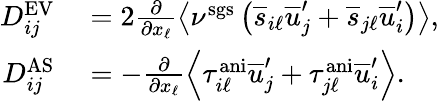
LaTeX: \begin{array}{rl}{D_{ij}^{\mathrm{EV}}}&{{}=2\frac{\partial}{\partial x_{\ell}}\left<\nu^{\mathrm{sgs}}\left(\overline{{s}}_{i\ell}\overline{{u}}_{j}^{\prime}+\overline{{s}}_{j\ell}\overline{{u}}_{i}^{\prime}\right)\right>,}\\ {D_{ij}^{\mathrm{AS}}}&{{}=-\frac{\partial}{\partial x_{\ell}}\left<\tau_{i\ell}^{\mathrm{ani}}\overline{{u}}_{j}^{\prime}+\tau_{j\ell}^{\mathrm{ani}}\overline{{u}}_{i}^{\prime}\right>.}\end{array}